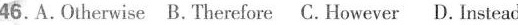
46.A.Otherwise B.Therefore C.However D.Instead